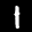
Label: 1